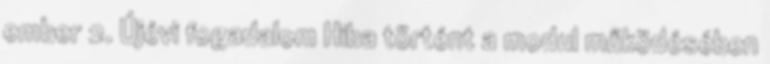
ember 2. Újévi fogadalom Hiba történt a modul működésében